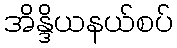
အိန္ဒိယနယ်စပ်